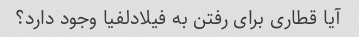
آیا قطاری برای رفتن به فیلادلفیا وجود دارد؟